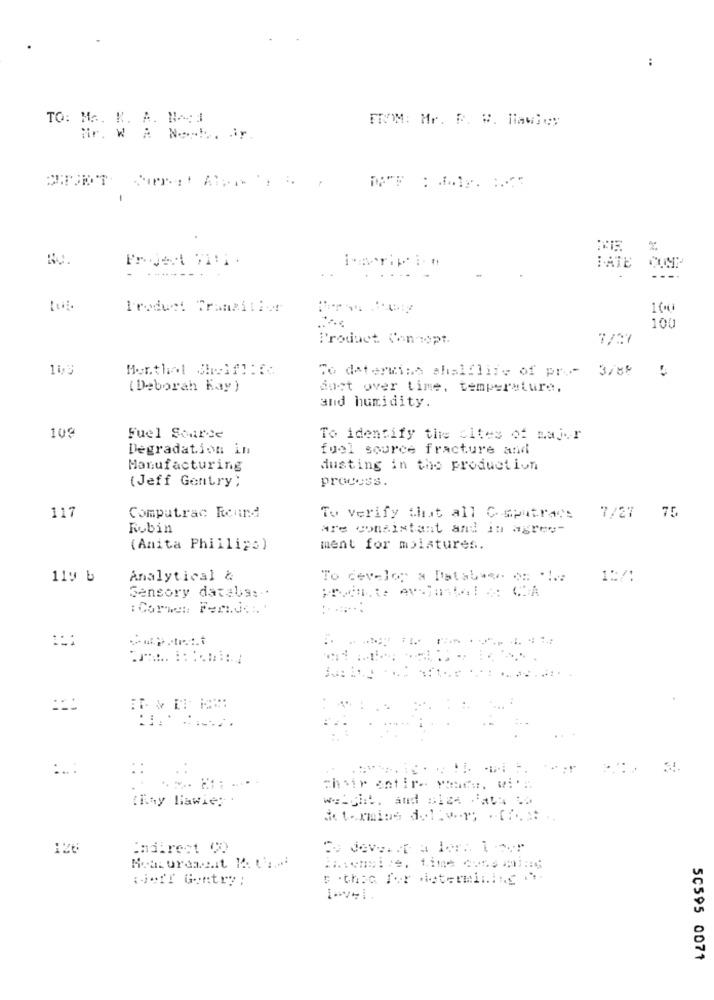
:
TO: MA. K. A. NA: 1
FROM: Mr. R. S. Rawley
Nr. W A No -!. Jy
Project VIII.
BATE
---
Product Tramaitier
100
Product Can-wpt.
7/07
Monthal Cholfl: {
To determina ahalflife of pro- 3/85
(Deborah Kay)
just over time, temperature,
and humidity.
109
Fuel Scarce
To identify the Sites of major
Degradation in
fuel source fracture and
Manufacturing
dusting in the production
(Jeff Gentry;
process.
117
Computrac Round
To verify that all Caputraos
7/27 75
Robin
are consistant and in agree-
(Anita Phillips)
ment for moistures.
119 b
Analytical &
To develop a Database os le
1:/:
Sensory datals :..
:::
::
::
chair entire waara. wi ..
weight. and size data to
(Ray Hiawie; .
termins del: ver; .- Cf .. ...
126
indirect C0
So devenir a ler tour
:Jeff Gentry;
p .thea for determining ..
level.
50595 0071